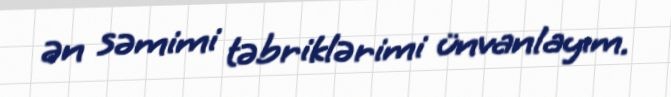
ən səmimi təbriklərimi ünvanlayım.